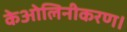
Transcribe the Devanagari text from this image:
केओलिनीकरण।